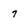
Character: 7